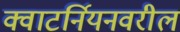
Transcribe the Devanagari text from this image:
क्वाटर्नियनवरील